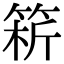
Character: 𥮥